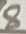
Text: 8